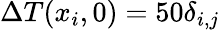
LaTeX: \Delta T(x_{i},0)=50\delta_{i,j}